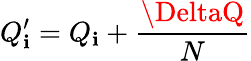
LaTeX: Q_{\mathbf{i}}^{\prime}=Q_{\mathbf{i}}+\frac{{\DeltaQ}}{{N}}